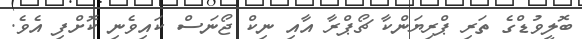
ބޮލީވުޑްގެ ތަރި ޕްރިޔަންކާ ޗޯޕްރާ އާއި ނިކް ޖޯނަސް ކައިވެނި ކޮށްފި އެވެ.